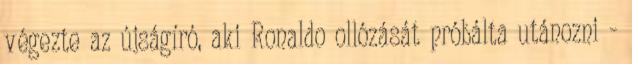
végezte az újságíró, aki Ronaldo ollózását próbálta utánozni -